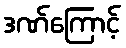
ဒဏ်ကြောင့်